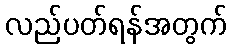
လည်ပတ်ရန်အတွက်